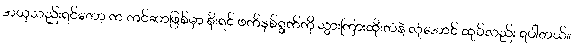
အယူသည်းရင်တော့ က ကင်ဆာဖြစ်မှာ စိုးရင် ဖက်နှစ်ရွက်ကို သွားကြားထိုးတံနဲ့ လုံအောင် ထုပ်လည်း ရပါတယ်။